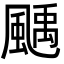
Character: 𩘉